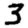
Digit: 3